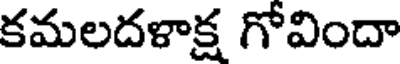
కమలదళాక్ష గోవిందా